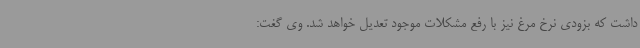
داشت که بزودی نرخ مرغ نیز با رفع مشکلات موجود تعدیل خواهد شد. وی گغت: